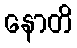
နောတိ